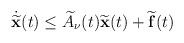
LaTeX: \begin{align*}\dot{\widetilde{\mathbf{x}}}(t)\leq \widetilde{A}_\nu(t)\widetilde{\mathbf{x}}(t)+\widetilde{\mathbf{f}}(t)\end{align*}